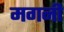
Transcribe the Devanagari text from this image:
मगनी